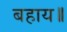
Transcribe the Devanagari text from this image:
बहाय॥